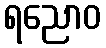
ရညောဝ